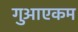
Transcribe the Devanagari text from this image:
गुआएकम